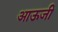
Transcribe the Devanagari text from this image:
आऊजी